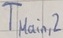
Text: TMain,2